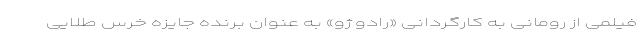
فیلمی از رومانی به کارگردانی «رادو ژو» به عنوان برنده جایزه خرس طلایی